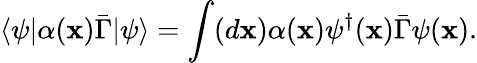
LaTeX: \langle\psi|\alpha(\mathbf{x})\bar{{\Gamma}}|\psi\rangle=\int(d\mathbf{x})\alpha(\mathbf{x})\psi^{\dagger}(\mathbf{x})\bar{{\Gamma}}\psi(\mathbf{x}).